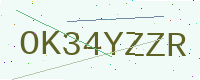
Text: OK34YZZR